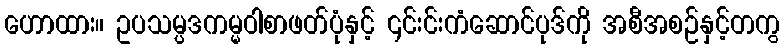
ဟောထား။ ဥပသမ္ပဒကမ္မဝါစာဖတ်ပုံနှင့် ၎င်းင်းကံဆောင်ပုဒ်ကို အစီအစဉ်နှင့်တကွ